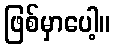
ဖြစ်မှာပေါ့။